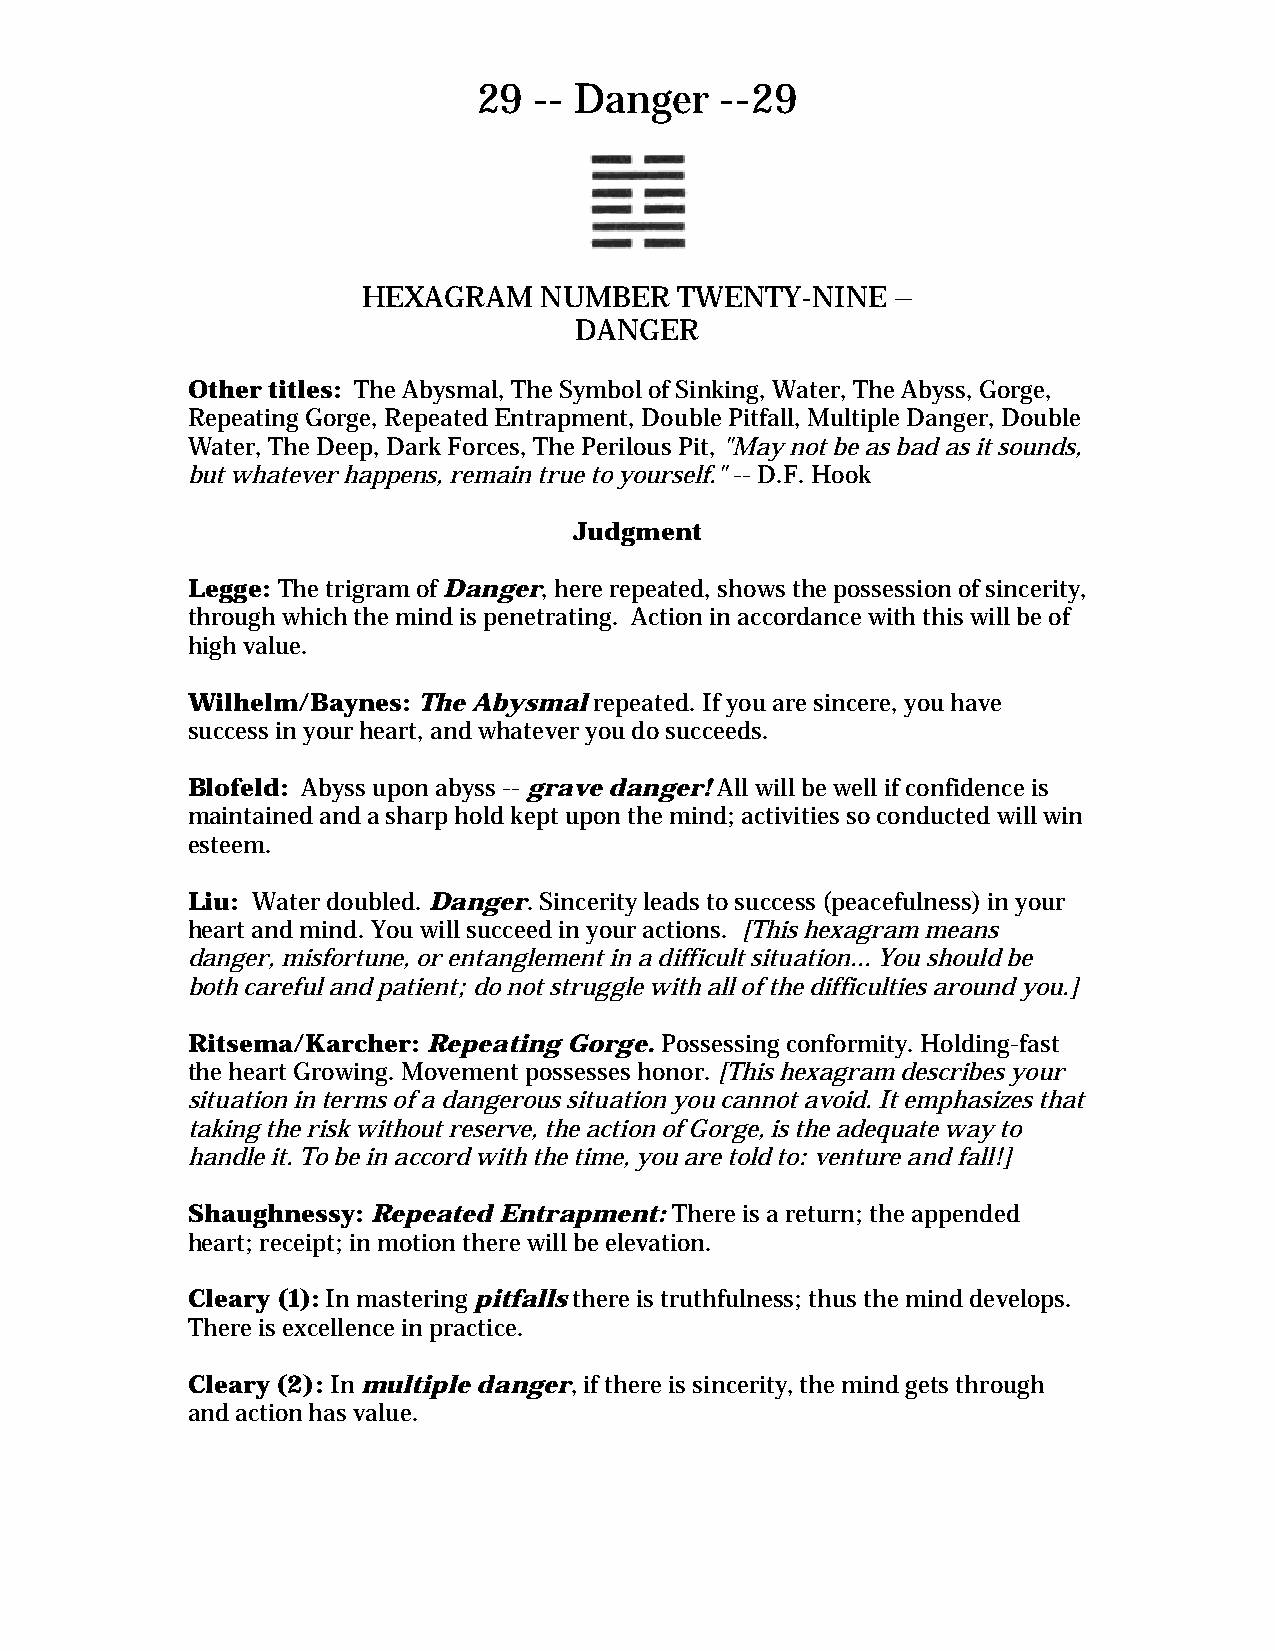
29 -- Danger    --29
 HEXAGRAM    NUMBER   TWENTY-NINE   –
 DANGER
 Other titles: The Abysmal, The Symbol of Sinking, Water, The Abyss, Gorge,
 Repeating Gorge, Repeated Entrapment, Double Pitfall, Multiple Danger, Double
 Water, The Deep, Dark Forces, The Perilous Pit, "May not be as bad as it sounds,
 but whatever happens, remain true to yourself." -- D.F. Hook
 Judgment
 Legge: The trigram of Danger, here repeated, shows the possession of sincerity,
 through which the mind is penetrating. Action in accordance with this will be of
 high value.
 Wilhelm/Baynes: The Abysmal repeated. If you are sincere, you have
 success in your heart, and whatever you do succeeds.
 Blofeld: Abyss upon abyss -- grave danger! All will be well if confidence is
 maintained and a sharp hold kept upon the mind; activities so conducted will win
 esteem.
 Liu: Water doubled. Danger. Sincerity leads to success (peacefulness) in your
 heart and mind. You will succeed in your actions. [This hexagram means
 danger, misfortune, or entanglement in a difficult situation... You should be
 both careful and patient; do not struggle with all of the difficulties around you.]
 Ritsema/Karcher: Repeating Gorge. Possessing conformity. Holding-fast
 the heart Growing. Movement possesses honor. [This hexagram describes your
 situation in terms of a dangerous situation you cannot avoid. It emphasizes that
 taking the risk without reserve, the action of Gorge, is the adequate way to
 handle it. To be in accord with the time, you are told to: venture and fall!]
 Shaughnessy: Repeated Entrapment: There is a return; the appended
 heart; receipt; in motion there will be elevation.
 Cleary (1): In mastering pitfalls there is truthfulness; thus the mind develops.
 There is excellence in practice.
 Cleary (2): In multiple danger, if there is sincerity, the mind gets through
 and action has value.